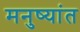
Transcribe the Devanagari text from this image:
मनुष्यांत